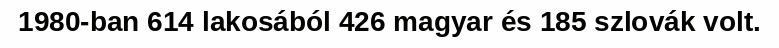
1980-ban 614 lakosából 426 magyar és 185 szlovák volt.